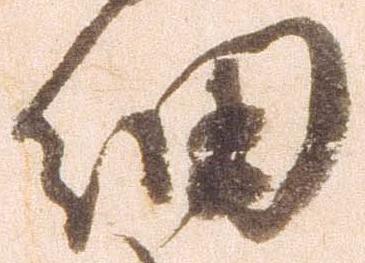
細